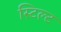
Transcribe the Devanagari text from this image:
स्टिल्ट